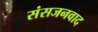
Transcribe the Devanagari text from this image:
संसजनवाद